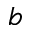
b